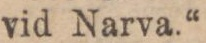
vid Narva.“